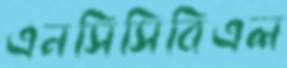
এনসিসিবিএল